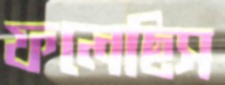
ফলেছিস